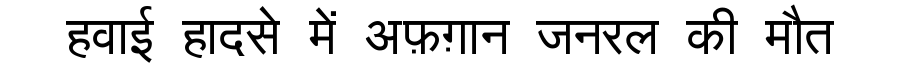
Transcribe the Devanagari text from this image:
हवाई हादसे में अफ़ग़ान जनरल की मौत